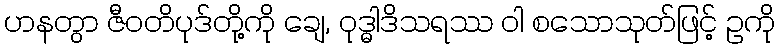
ဟနတွာ ဇီဝတိပုဒ်တို့ကို ချေ, ဝုဒ္ဓါဒိသရဿ ဝါ စသောသုတ်ဖြင့် ဥကို